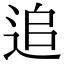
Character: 追